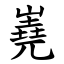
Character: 嶤